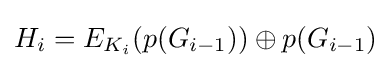
H_{i}=E_{K_{i}}(p(G_{i-1}))\oplus p(G_{i-1})